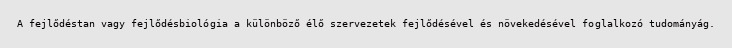
A fejlődéstan vagy fejlődésbiológia a különböző élő szervezetek fejlődésével és növekedésével foglalkozó tudományág.